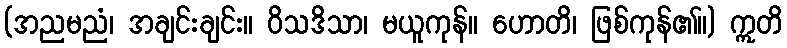
(အညမညံ၊ အချင်းချင်း။ ဝိသဒိသာ၊ မယူကုန်။ ဟောတိ၊ ဖြစ်ကုန်၏။) ဣတိ